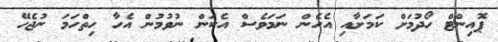
ޕޮއިންޓް ހޯދުމަށް ކަމަށާއި އެހެން ނަމަވެސް އެކަން ނުވުމުން އެހާ ހިތްހަމަ ނުޖެހޭ